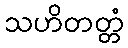
သဟိတတ္တံ